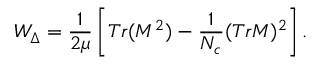
W _ { \Delta } = \frac { 1 } { 2 \mu } \left[ T r ( M ^ { 2 } ) - \frac { 1 } { N _ { c } } ( T r M ) ^ { 2 } \right] .